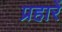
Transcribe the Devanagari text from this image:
प्रहारें